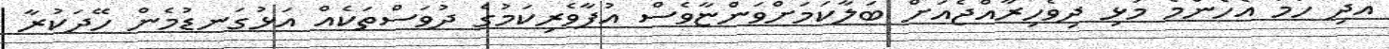
އަދި ހަމަ އެހެންމެ މުޅި ދިވެހިރާއްޖެއަށް ބަލާކަމަށްވަންޏާވެސް އުފާވެރިކަމުގެ ދުވަސްތަކެއް އަޅުގަނޑުމެން ހޭދަކުރާ